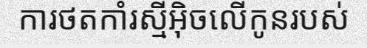
ការថតកាំរស្មីអ៊ិចលើកូនរបស់